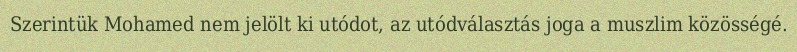
Szerintük Mohamed nem jelölt ki utódot, az utódválasztás joga a muszlim közösségé.